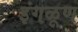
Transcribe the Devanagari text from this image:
इंगळूण